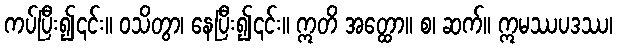
ကပ်ပြီး၍၎င်း။ ဝသိတွာ၊ နေပြီး၍၎င်း။ ဣတိ အတ္ထော။ စ၊ ဆက်။ ဣမဿပဒဿ၊